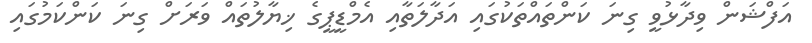
އަފްޝަން ވިދާޅުވީ ގިނަ ކަންތައްތަކުގައި އަދާލަތާއި އެމްޑީޕީގެ ޚިޔާލުތައް ވަރަށް ގިނަ ކަންކަމުގައި